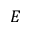
E